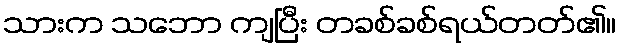
သားက သဘော ကျပြီး တခစ်ခစ်ရယ်တတ်၏။